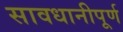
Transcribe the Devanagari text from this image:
सावधानीपूर्ण